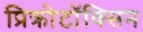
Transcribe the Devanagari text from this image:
प्रिक्रोटॉक्सिन